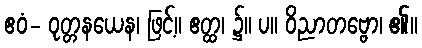
ဧဝံ- ဝုတ္တနယေန၊ ဖြင့်။ ဧတ္ထ၊ ၌။ ပ။ ဝိညာတဗ္ဗော၊ ၏။